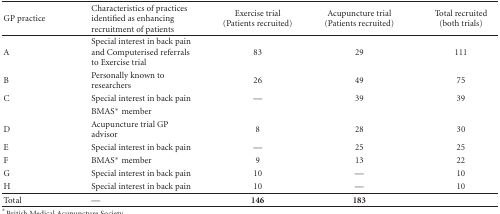
<table><thead><tr><td><b>GP practice</b></td><td><b>Characteristics of practices identified as enhancing recruitment of patients</b></td><td><b>Exercise trial (Patients recruited)</b></td><td><b>Acupuncture trial (Patients recruited)</b></td><td><b>Total recruited (both trials)</b></td></tr></thead><tbody><tr><td>A</td><td>Special interest in back pain and Computerised referrals to Exercise trial</td><td>83</td><td>29</td><td>111</td></tr><tr><td>B</td><td>Personally known to researchers</td><td>26</td><td>49</td><td>75</td></tr><tr><td>C</td><td>Special interest in back pain</td><td>—</td><td>39</td><td>39</td></tr><tr><td></td><td>BMAS* member</td><td></td><td></td><td></td></tr><tr><td>D</td><td>Acupuncture trial GP advisor</td><td>8</td><td>28</td><td>30</td></tr><tr><td>E</td><td>Special interest in back pain</td><td>—</td><td>25</td><td>25</td></tr><tr><td>F</td><td>BMAS* member</td><td>9</td><td>13</td><td>22</td></tr><tr><td>G</td><td>Special interest in back pain</td><td>10</td><td>—</td><td>10</td></tr><tr><td>H</td><td>Special interest in back pain</td><td>10</td><td>—</td><td>10</td></tr><tr><td>Total</td><td>—</td><td><b>146</b></td><td><b>183</b></td><td></td></tr></tbody></table>